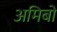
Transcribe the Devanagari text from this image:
अमिबों